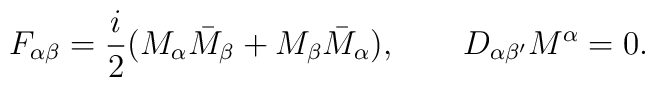
F_{\alpha\beta}={i\over 2}(M_\alpha \bar M_\beta+M_\beta \bar M_\alpha),\quad \quad D_{\alpha\beta^\prime}M^\alpha=0.